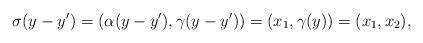
LaTeX: \begin{align*}\sigma(y-y')=(\alpha(y-y'),\gamma(y-y'))=(x_1,\gamma(y))=(x_1,x_2),\end{align*}